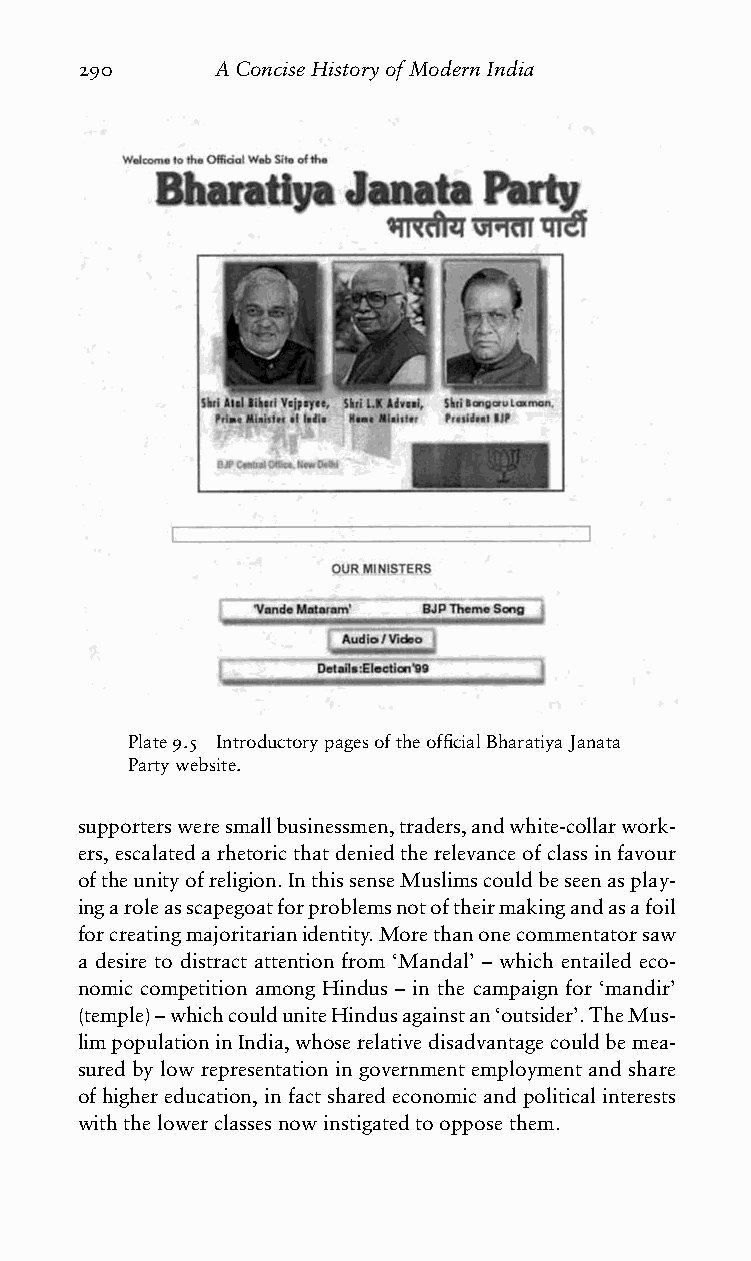
290      AConciseHistoryofModernIndia
 Plate9.5 IntroductorypagesoftheofficialBharatiyaJanata
 Partywebsite.
 supportersweresmallbusinessmen,traders,andwhite-collarwork-
 ers,escalatedarhetoricthatdeniedtherelevanceofclassinfavour
 oftheunityofreligion.InthissenseMuslimscouldbeseenasplay-
 ingaroleasscapegoatforproblemsnotoftheirmakingandasafoil
 forcreatingmajoritarianidentity.Morethanonecommentatorsaw
 a desire to distract attention from ‘Mandal’ – which entailed eco-
 nomic competition among Hindus – in the campaign for ‘mandir’
 (temple)–whichcoulduniteHindusagainstan‘outsider’.TheMus-
 limpopulationinIndia,whoserelativedisadvantagecouldbemea-
 sured by low representation in government employment and share
 ofhighereducation,infactsharedeconomicandpoliticalinterests
 withthelowerclassesnowinstigatedtoopposethem.